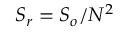
S _ { r } = S _ { o } / N ^ { 2 }